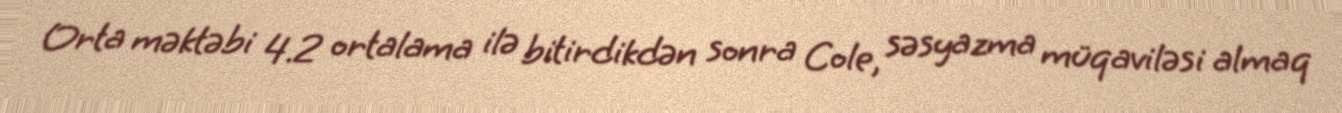
Orta məktəbi 4.2 ortalama ilə bitirdikdən sonra Cole, səsyazma müqaviləsi almaq